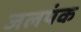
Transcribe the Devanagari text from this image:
जलपंक